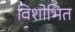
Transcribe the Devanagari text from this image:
विशोभित